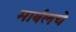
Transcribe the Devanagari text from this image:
मार्बलचे